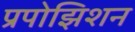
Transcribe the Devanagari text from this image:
प्रपोझिशन